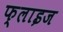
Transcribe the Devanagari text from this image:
फ्लाइज